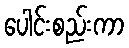
ပေါင်းစည်းကာ